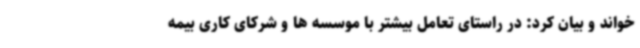
خواند و بیان کرد: در راستای تعامل بیشتر با موسسه ها و شرکای کاری بیمه